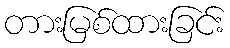
တားမြစ်ထားခြင်း